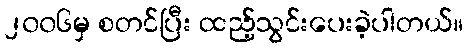
၂၀၀၆မှ စတင်ပြီး ထည့်သွင်းပေးခဲ့ပါတယ်။